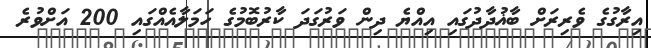
އިރާގުގެ ވެރިރަށް ބާޣުދާދުގައި އިއްޔެ ދިން ވަރުގަދަ ކާރުބޮމުގެ ހަމަލާއެއްގައި 200 އަށްވުރެ